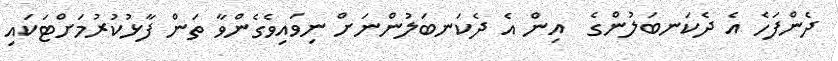
ދެންފަހެ އެ ދެކަނބަލުންގެ  އިން އެ ދެކަނބަލުންނަށް ނިވައިވެގެންވާ ތަން ފާޅުކުރުމަށްޓަކައި